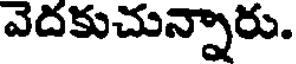
వెదకుచున్నారు.